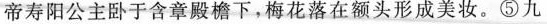
帝寿阳公主卧于含章殿檐下，梅花落在额头形成美妆。⑤九